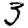
Digit: 3